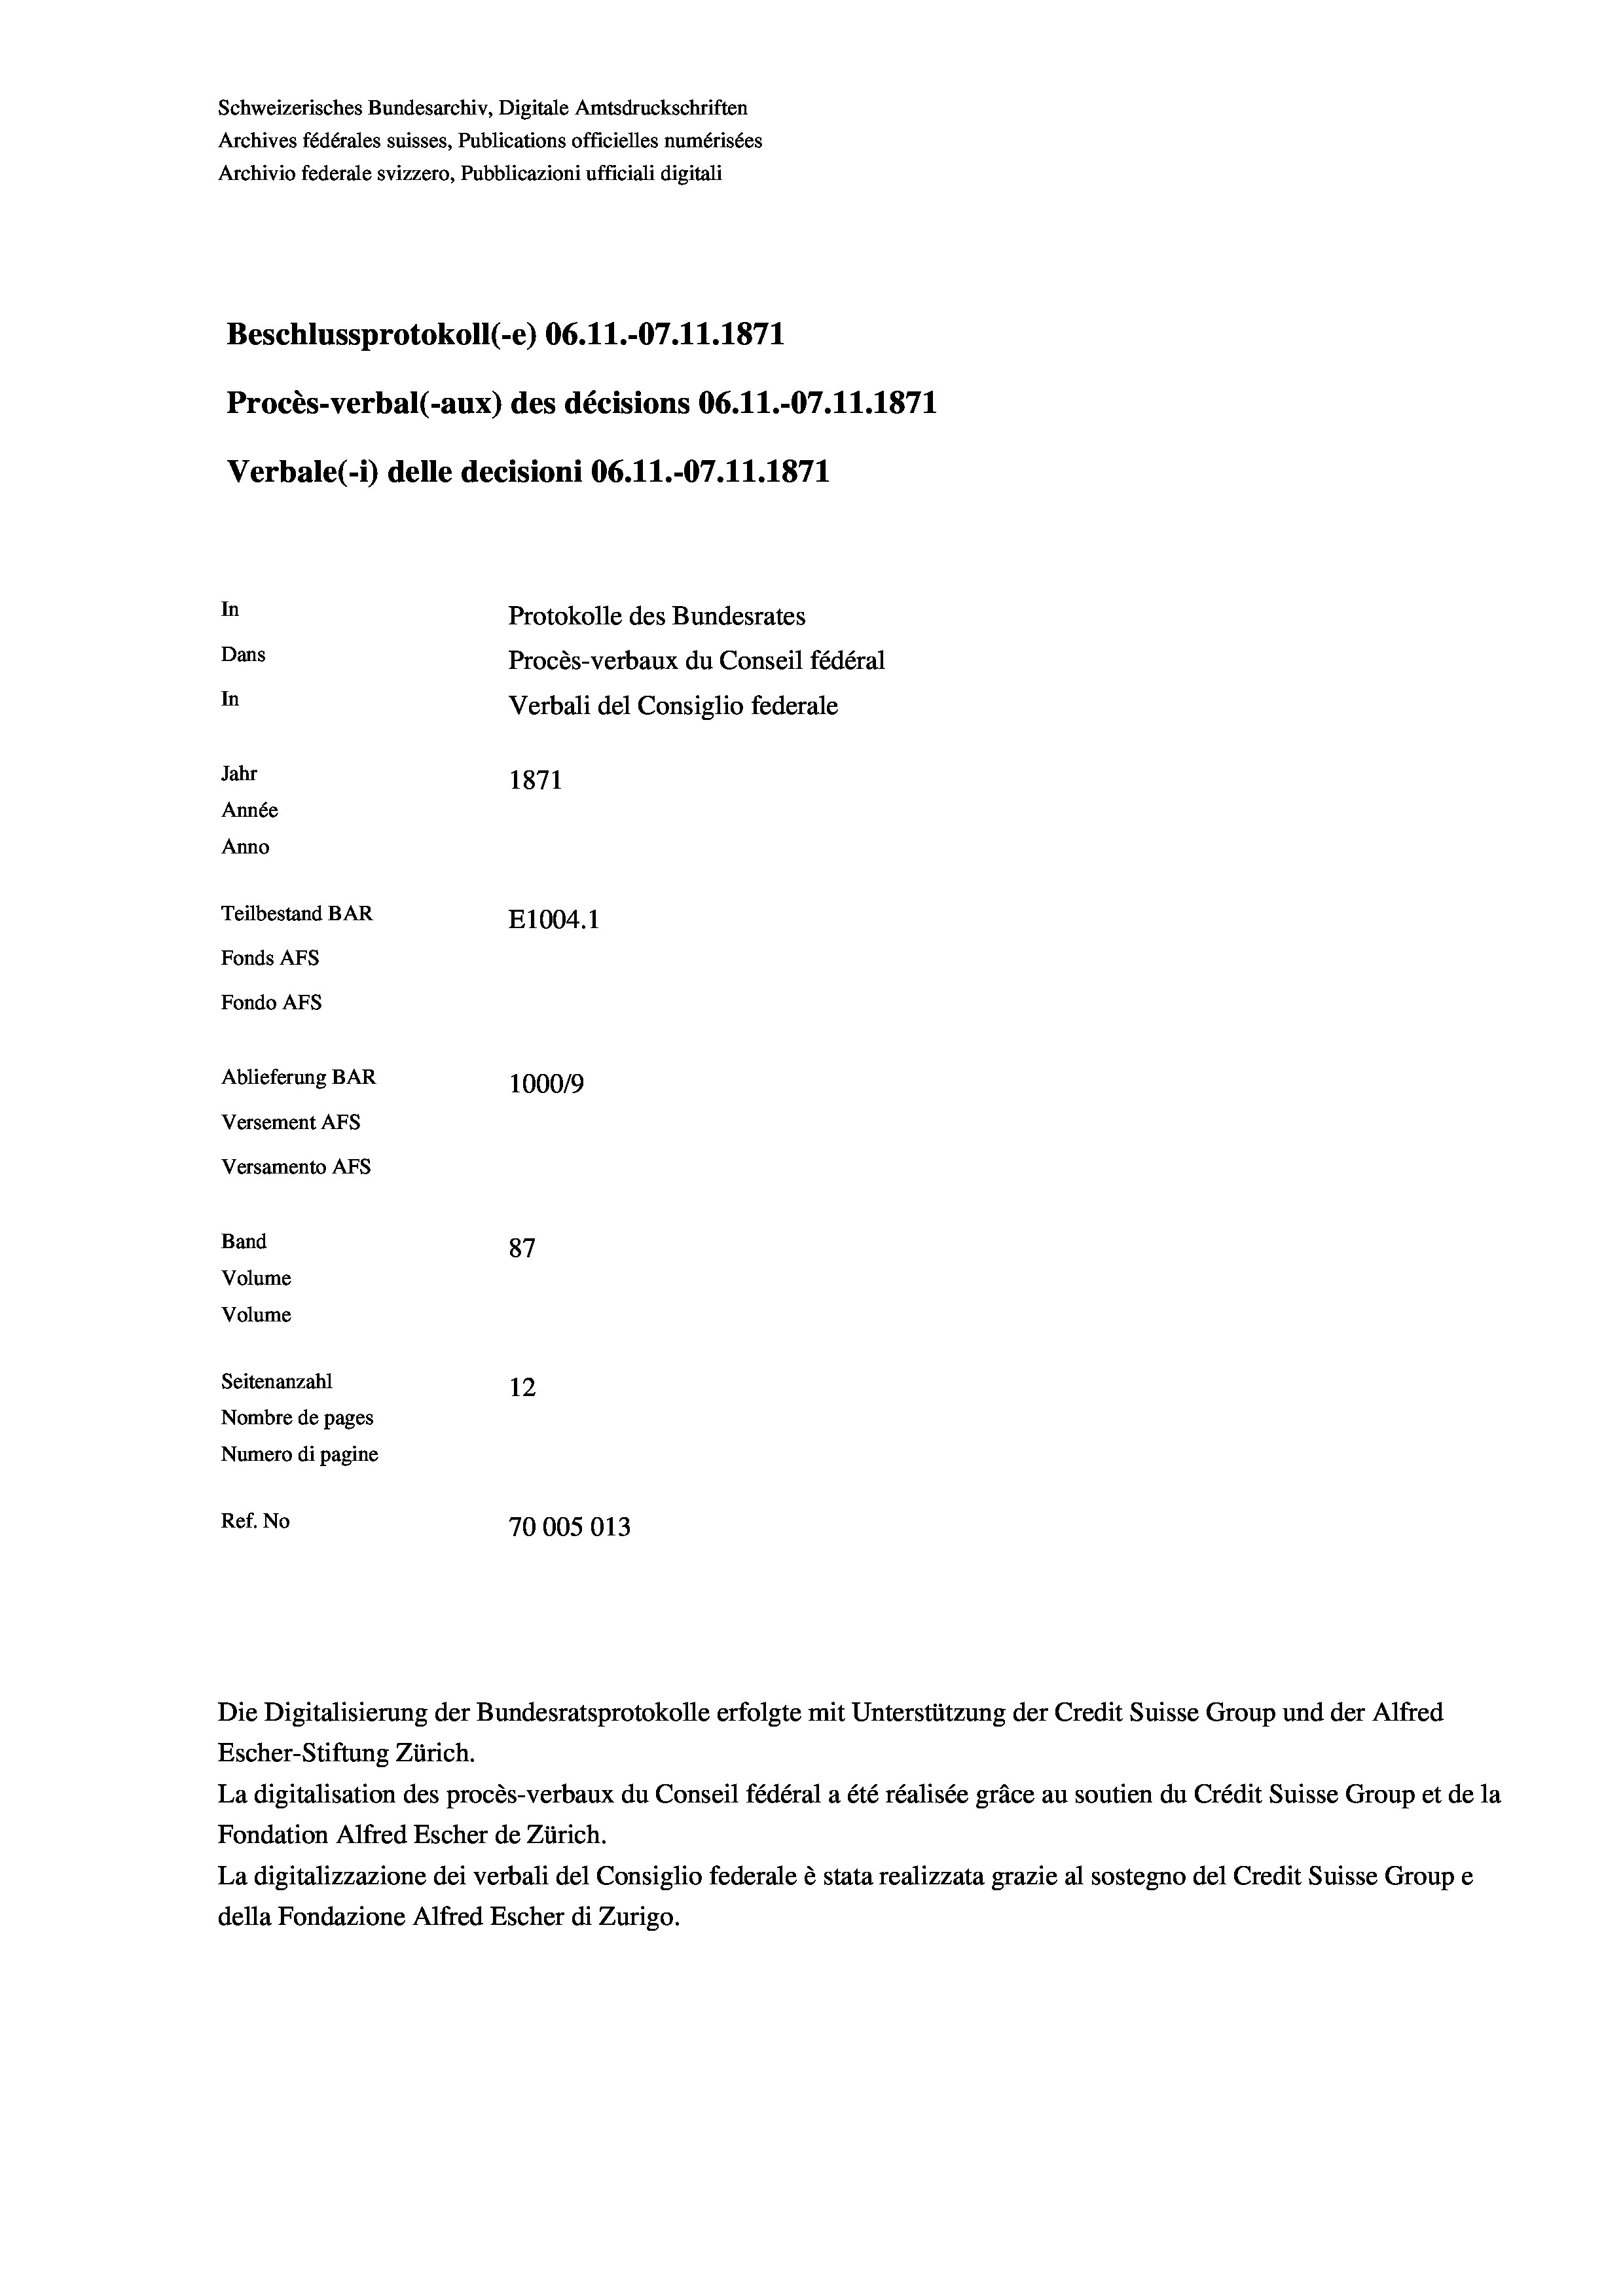
Schweizerisches Bundesarchiv, Digitale Amtsdruckschriften
Archives fédérales suisses, Publications officielles numérisées
Archivio federale svizzero, Pubblicazioni ufficiali digitali
Beschlussprotokoll (-e) 06. 11.-07.11.1871
Procès-verbal (-aux) des décisions 06.11.-07.11.1871
Verbale (- 1) delle decisioni 06.11.-07.11.1871
In
Protokolle des Bundesrates
Dans
Procès-verbaux du Conseil fédéral
In
Verbali del Consiglio federale
Jahr
1871
Année
Anno
Teilbestand BAR
E1004.1
Fonds AFs
Fondo AFs
Ablieferung BAR
100019
Versement AFs
Versamento AFs
Band
87
Volume
Volume
Seitenanzahl
12
Nombre de pages
Numero di pagine
Ref. No
70005013

Escher-Stiftung Zürich.
La digitalisation des procès-verbaux du Conseil fédéral a été réalisée gräce au soutien du Crédit Suisse Group et de la
Fondation Alfred Escher de Zürich.
La digitalizzazione dei verbali del Consiglio federale è stata realizzata grazie al sostegno del Credit Suisse Groupe
della Fondazione Alfred Escher di Zurigo.

Die Digitalisierung der Bundesratsprotokolle erfolgte mit Unterstützung der Credit Suisse Group und der Alfred